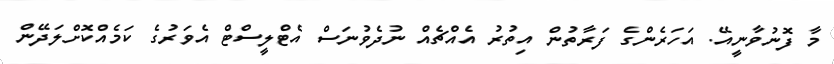
މާ ފޮނުވާނީއޭ. އަހަރެންގެ ފަރާތުން އިތުރު އެއްޗެއް ނުދެވުނަސް އެޓްލީސްޓް އެވަރުގެ ކަމެއްކޮށްލަދޭން